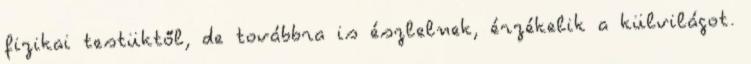
fizikai testüktől, de továbbra is észlelnek, érzékelik a külvilágot.